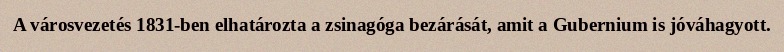
A városvezetés 1831-ben elhatározta a zsinagóga bezárását, amit a Gubernium is jóváhagyott.